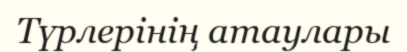
Түрлерінің атаулары